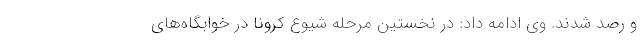
و رصد شدند. وی ادامه داد: در نخستین مرحله شیوع کرونا در خوابگاه‌های